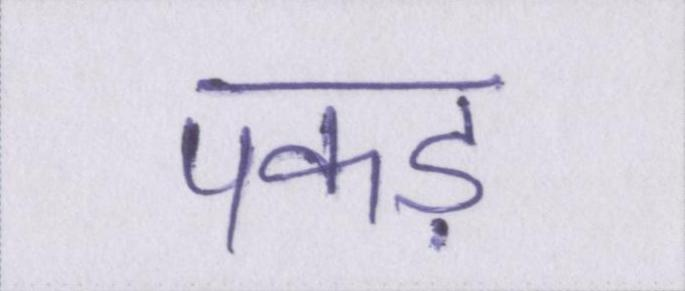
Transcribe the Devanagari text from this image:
पकड़